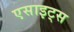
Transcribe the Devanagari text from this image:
एसाइट्स